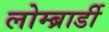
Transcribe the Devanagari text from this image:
लोम्ब्रार्डी